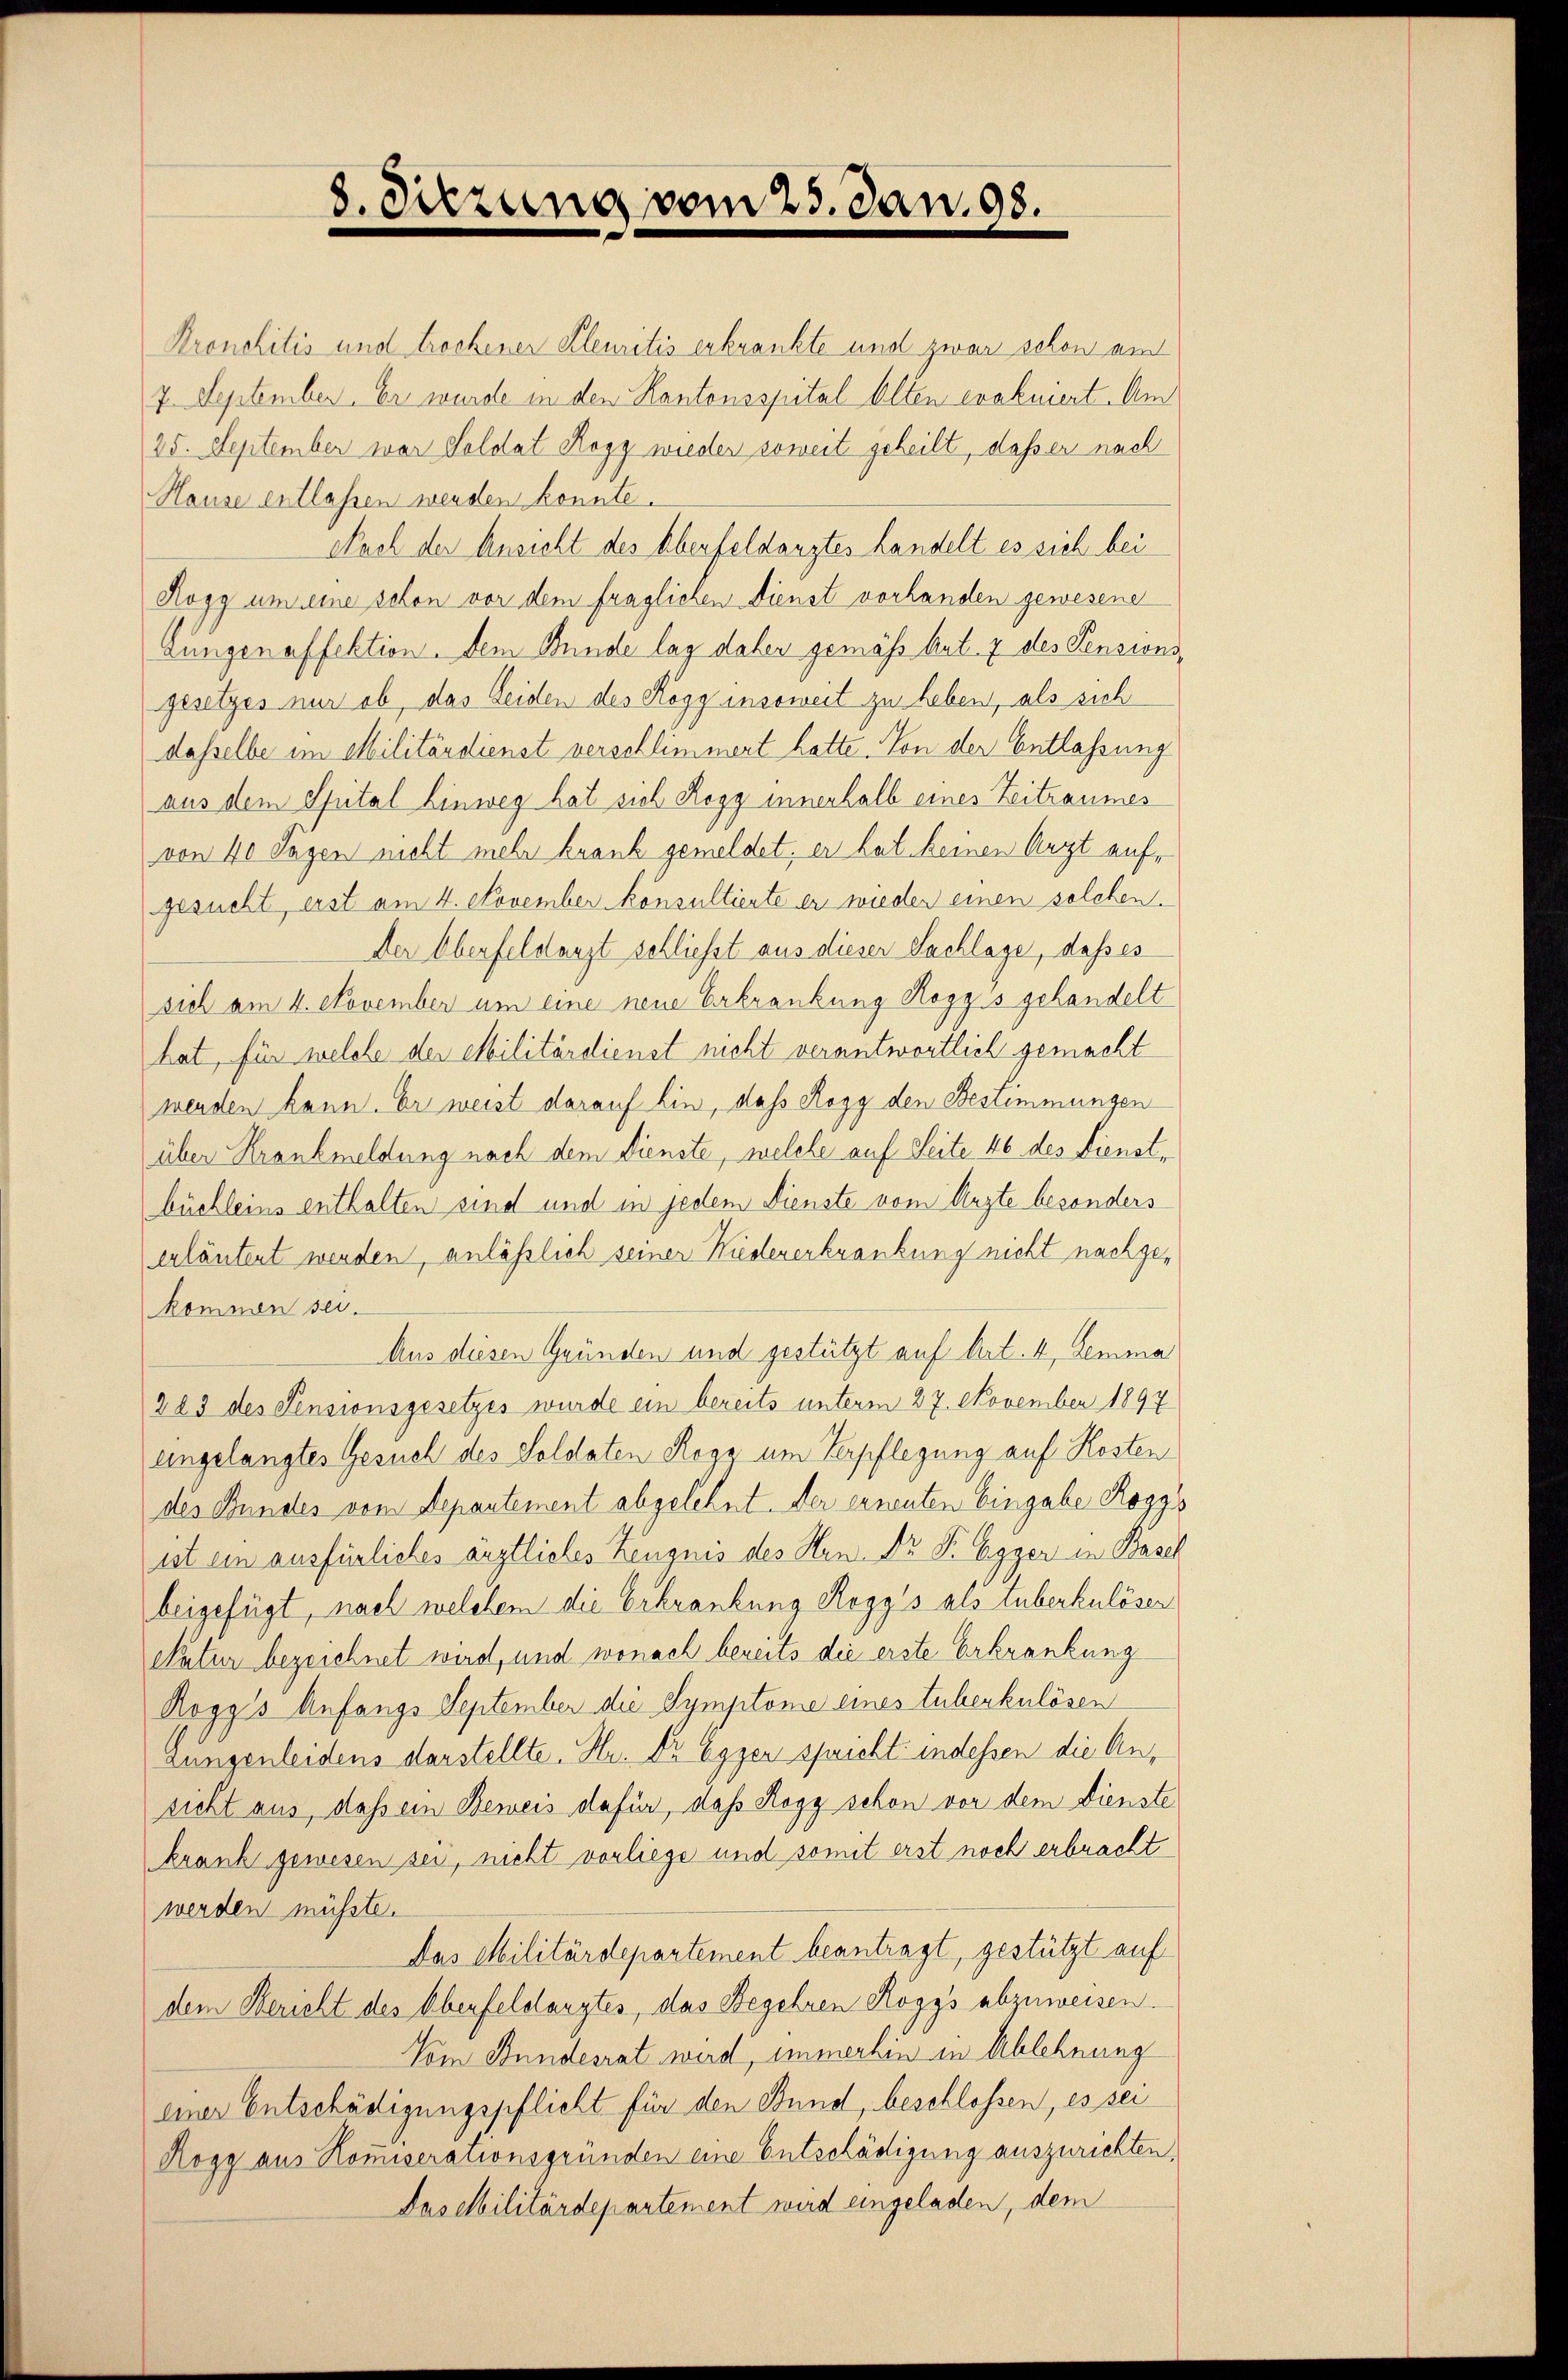
Kronchitis und trochener Kleuritis erkrankte und zwar schon am
7. September. Er wurde in den Kantonsspital Alten eratuiert. Am
25. September war Soldat Rogy wieder soweit geheilt, dasser nach
Hause entlassen werden konnte.
Nach der Ansicht des Oberfeldanztes handelt es sich bei
Rogg um eine schon vor dem fraglichen Dienst vorhanden gewesene
Lungenaffektion. Dem Bunde lag daher gemäss hat. 2 des Sensionsgesetzes nur ob, das Leiden des Kögg insoweit zu heben, als sich
dasselbe im Militärdienst verschlimmert hatte. Von der Entlassung
aus dem Spital Einweg hat sich Rogg innerhalb eines Zeitraumes
von 40 Tagen nicht mehr krank gemeldet; er hat keinen Arzt aufgesucht, erst am 4. November konsultierte er wieder einen solchen.
Der Oberfeldanzt schliesst aus dieser Sachlage, daß es
sich am 4. November um eine neue Erkrankung Roggis gehandelt
hat, für welche der Militärdienst nicht verantwortlich gemacht
werden kann. Er weist darauf hin, dass Rogy den Bestimmungen
über Krankmeldung nach dem Dienste, welche auf Seite 46 des Dienstbüchleins enthalten sind und in jedem Dienste vom Arzte besonders
erläutert werden, anläßlich seiner Niedererkrankung nicht nachgekommen sei.
Aus diesen Gründen und gestützt auf Art. 4, Remona
283 des Pensionsgesetzes wurde ein bereits unterm 27. November 1897
eingelangtes Gesuch des Soldaten Rogg um Verpflegung auf Kosten
des Bundes vom Departement abgelehnt. Der erneuten Eingabe Rogg
ist ein ausfürliches ärztliches Zeugnis des Hrn. Dr. P. Egger in Basel
beigefügt, nach welchem die Erkrankung Rogy's als überkulösen
Natur bezeichnet wird, und wonach bereits die erste Erkrankung
Rogy's Anfangs September die Symptome eines tuberkulösen
Lungenleidens darstellte. Hr. Dr Egger spricht indessen die Ansicht aus, daß ein Beweis dafür, dass Rogg schon vor dem Dienste
krank gewesen sei, nicht vorliege und somit erst noch erbracht
werden müsste.
Das Militärdepartement beantragt, gestützt auf
dem Bericht des Obenfeldarztes, das Begehren Rögys abzuweisen.
Vom Bundesrat wird, immerhin in Ablehnung
einer Entschädigungspflicht für den Bund, beschlossen, es sei
Rogy aus Komiserationsgründen eine Entschädigung auszurichten,
Das Militärdepartement wird eingeladen, dem

8. Sitzung vom 25. Jan. 98.